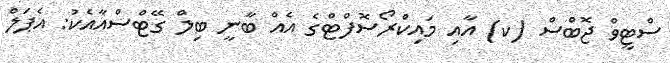
ސްޓީވް ޖޮބްސް (ކ) އާއި މައިކްރޯސޮފްޓްގެ އެއް ބާނީ ބިލް ގޭޓްސްއާއެކު: އެޕަލް